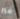
غير